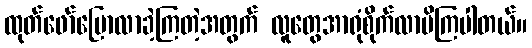
ထုတ်ဖော်ပြောလာခဲ့ကြတဲ့အတွက် လူတွေအာရုံစိုက်လာမိကြပါတယ်။